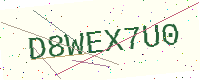
Text: D8WEX7U0